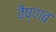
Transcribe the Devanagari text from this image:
वैष्णब